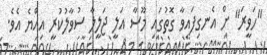
"ހަވީރަ" ށް އެނގިފައިވާ ގޮތުގައި މޫސާ އަލީ ޖަލީލާ ސުވާލުކުރީ އިއްޔެ އެވެ.